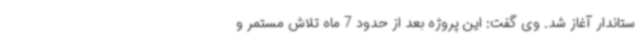
ستاندار آغاز شد. وی گفت: این پروژه بعد از حدود 7 ماه تلاش مستمر و